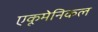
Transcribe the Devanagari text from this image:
एकूमेनिकल